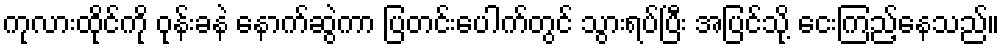
ကုလားထိုင်ကို ဝုန်းခနဲ နောက်ဆွဲကာ ပြတင်းပေါက်တွင် သွားရပ်ပြီး အပြင်သို့ ငေးကြည့်နေသည်။